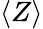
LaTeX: \left\langle Z\right\rangle